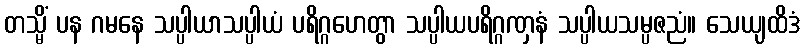
တသ္မိံ ပန ဂမနေ သပ္ပါယာသပ္ပါယံ ပရိဂ္ဂဟေတွာ သပ္ပါယပရိဂ္ဂဏှနံ သပ္ပါယသမ္ပဇညံ။ သေယျထိဒံ